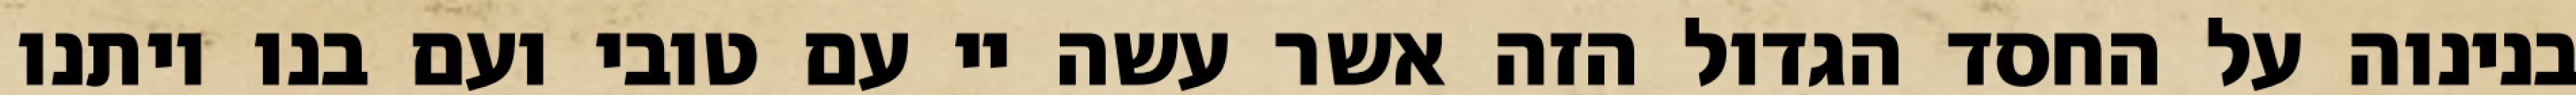
בנינוה על החסד הגדול הזה אשר עשה יי עם טובי ועם בנו ויתנו